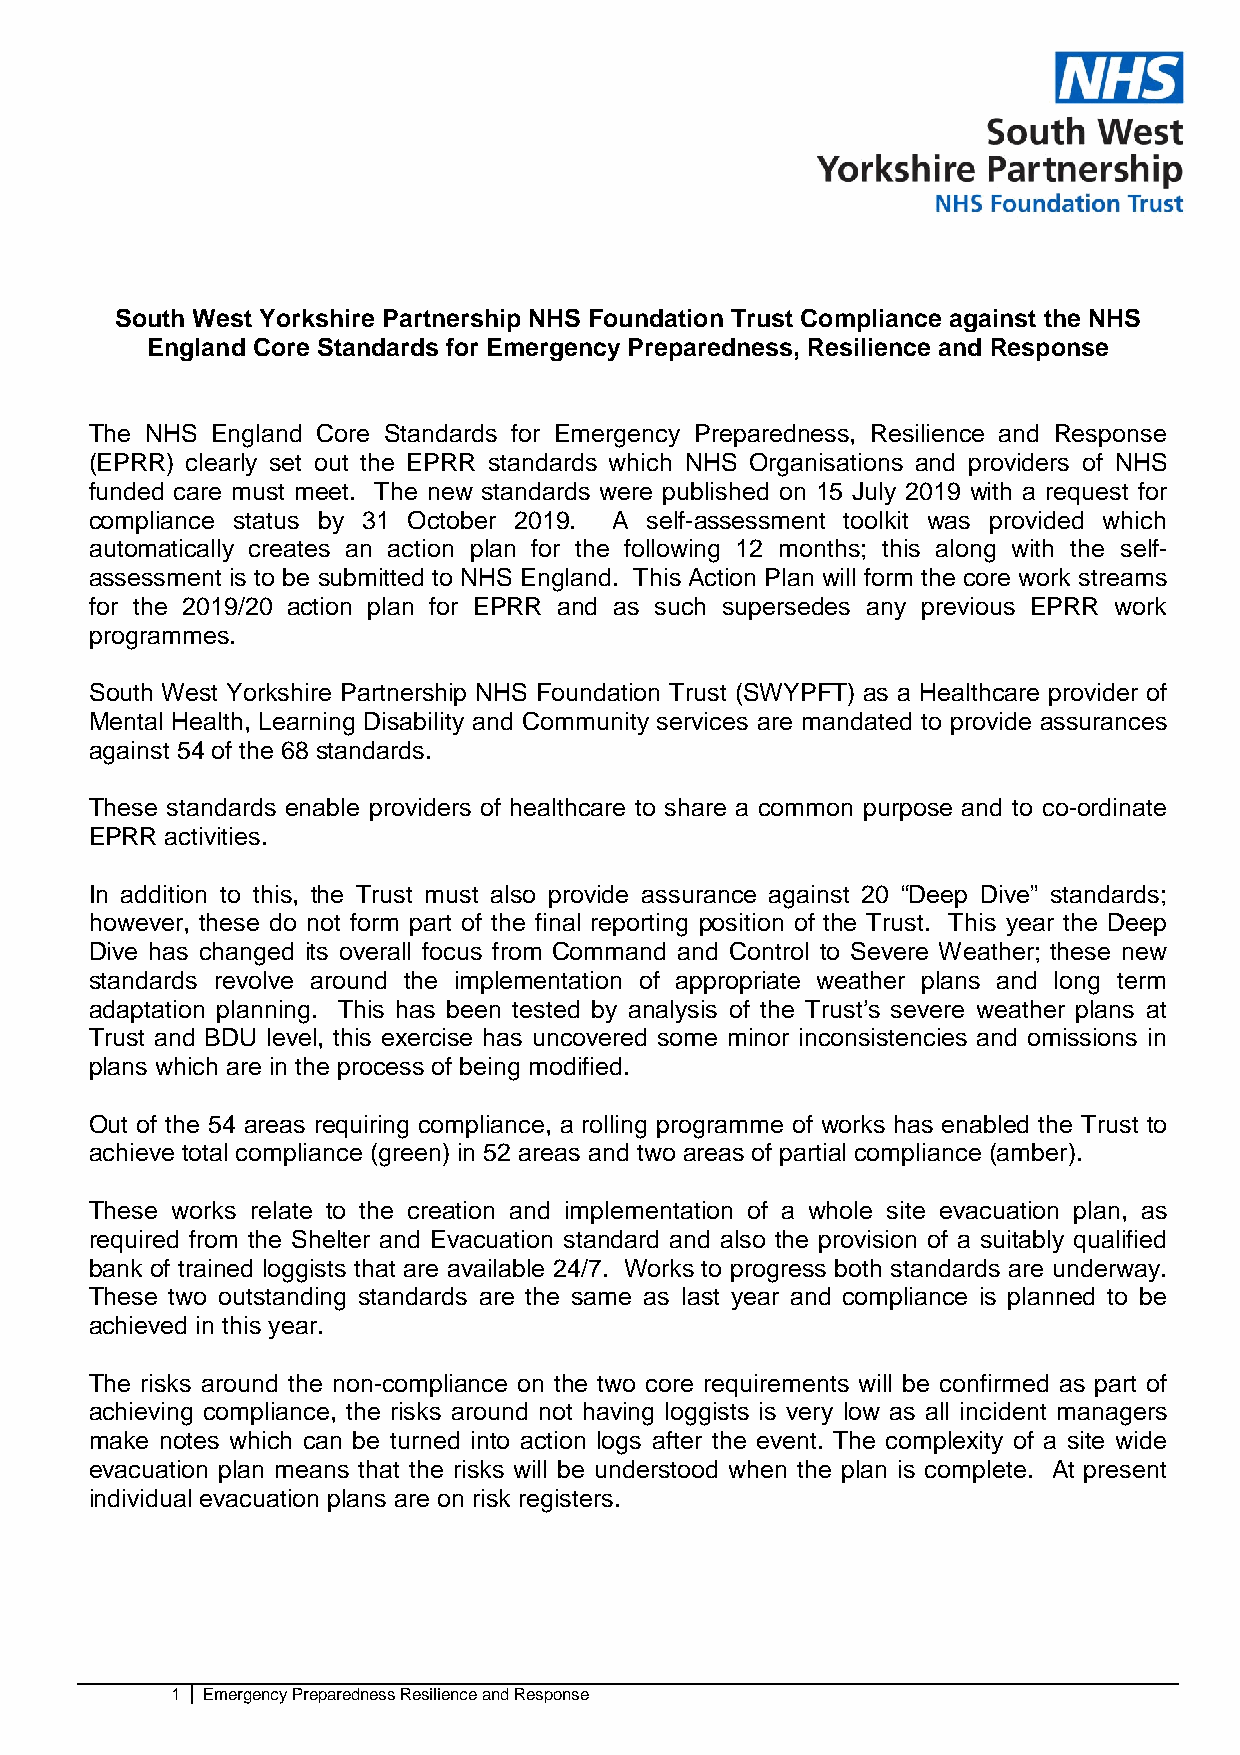
South West Yorkshire Partnership NHS Foundation Trust Compliance against the NHS
 England Core Standards for Emergency Preparedness, Resilience and Response
 The NHS England Core Standards for Emergency Preparedness, Resilience and Response
 (EPRR) clearly set out the EPRR standards which NHS Organisations and providers of NHS
 funded care must meet. The new standards were published on 15 July 2019 with a request for
 compliance status by 31 October 2019. A self-assessment toolkit was provided which
 automatically creates an action plan for the following 12 months; this along with the self-
 assessment is to be submitted to NHS England. This Action Plan will form the core work streams
 for the 2019/20 action plan for EPRR and as such supersedes any previous EPRR work
 programmes.
 South West Yorkshire Partnership NHS Foundation Trust (SWYPFT) as a Healthcare provider of
 Mental Health, Learning Disability and Community services are mandated to provide assurances
 against 54 of the 68 standards.
 These standards enable providers of healthcare to share a common purpose and to co-ordinate
 EPRR activities.
 In addition to this, the Trust must also provide assurance against 20 “Deep Dive” standards;
 however, these do not form part of the final reporting position of the Trust. This year the Deep
 Dive has changed its overall focus from Command and Control to Severe Weather; these new
 standards revolve around the implementation of appropriate weather plans and long term
 adaptation planning. This has been tested by analysis of the Trust’s severe weather plans at
 Trust and BDU level, this exercise has uncovered some minor inconsistencies and omissions in
 plans which are in the process of being modified.
 Out of the 54 areas requiring compliance, a rolling programme of works has enabled the Trust to
 achieve total compliance (green) in 52 areas and two areas of partial compliance (amber).
 These works relate to the creation and implementation of a whole site evacuation plan, as
 required from the Shelter and Evacuation standard and also the provision of a suitably qualified
 bank of trained loggists that are available 24/7. Works to progress both standards are underway.
 These two outstanding standards are the same as last year and compliance is planned to be
 achieved in this year.
 The risks around the non-compliance on the two core requirements will be confirmed as part of
 achieving compliance, the risks around not having loggists is very low as all incident managers
 make notes which can be turned into action logs after the event. The complexity of a site wide
 evacuation plan means that the risks will be understood when the plan is complete. At present
 individual evacuation plans are on risk registers.
 1 Emergency Preparedness Resilience and Response